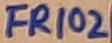
Text: FR102